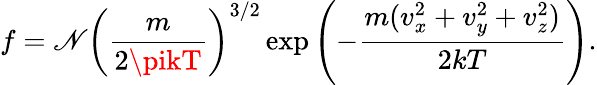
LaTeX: f=\mathscr{N}\left({\frac{{m}}{{2\pikT}}}\right)^{3/2}\exp\left({-{\frac{{m(v_{x}^{2}+v_{y}^{2}+v_{z}^{2})}}{{2kT}}}}\right).